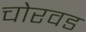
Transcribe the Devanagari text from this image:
चोरवड